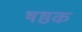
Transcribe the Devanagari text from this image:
षष्ठक